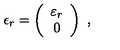
\epsilon _ { r } = \left( \begin{array} { c } { \varepsilon _ { r } } \\ { 0 } \\ \end{array} \right) \ ,